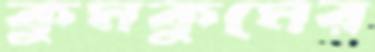
কুমকুমের